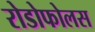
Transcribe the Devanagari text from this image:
रोडोफोलस